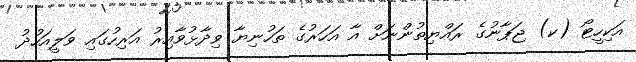
އަކިހީޓޯ (ކ) ޖަޕާނުގެ ރައްޔިތުންނަށް އާ އަަހަރުގެ ތަހުނިޔާ ވިދާޅުވާއިރު އަރިހުގައި ވަލީއަހުދު